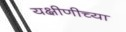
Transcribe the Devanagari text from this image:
यक्षीणीच्या